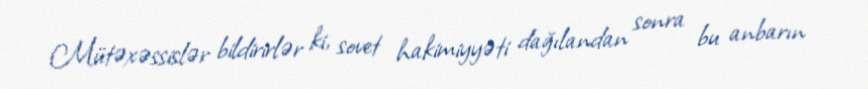
Mütəxəssislər bildirirlər ki, sovet hakimiyyəti dağılandan sonra bu anbarın